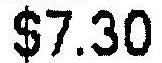
$7.30